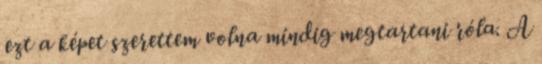
ezt a képet szerettem volna mindig megtartani róla. A